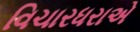
વિચારધરાએ